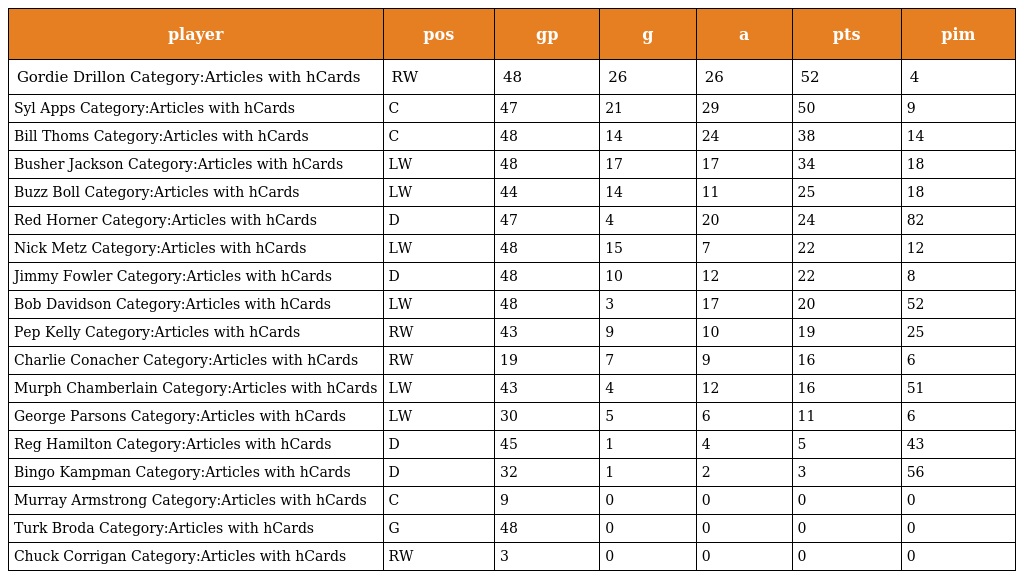
| player | pos | gp | g | a | pts | pim |
 | --- | --- | --- | --- | --- | --- | --- |
 | Gordie Drillon Category:Articles with hCards | RW | 48 | 26 | 26 | 52 | 4 |
 | Syl Apps Category:Articles with hCards | C | 47 | 21 | 29 | 50 | 9 |
 | Bill Thoms Category:Articles with hCards | C | 48 | 14 | 24 | 38 | 14 |
 | Busher Jackson Category:Articles with hCards | LW | 48 | 17 | 17 | 34 | 18 |
 | Buzz Boll Category:Articles with hCards | LW | 44 | 14 | 11 | 25 | 18 |
 | Red Horner Category:Articles with hCards | D | 47 | 4 | 20 | 24 | 82 |
 | Nick Metz Category:Articles with hCards | LW | 48 | 15 | 7 | 22 | 12 |
 | Jimmy Fowler Category:Articles with hCards | D | 48 | 10 | 12 | 22 | 8 |
 | Bob Davidson Category:Articles with hCards | LW | 48 | 3 | 17 | 20 | 52 |
 | Pep Kelly Category:Articles with hCards | RW | 43 | 9 | 10 | 19 | 25 |
 | Charlie Conacher Category:Articles with hCards | RW | 19 | 7 | 9 | 16 | 6 |
 | Murph Chamberlain Category:Articles with hCards | LW | 43 | 4 | 12 | 16 | 51 |
 | George Parsons Category:Articles with hCards | LW | 30 | 5 | 6 | 11 | 6 |
 | Reg Hamilton Category:Articles with hCards | D | 45 | 1 | 4 | 5 | 43 |
 | Bingo Kampman Category:Articles with hCards | D | 32 | 1 | 2 | 3 | 56 |
 | Murray Armstrong Category:Articles with hCards | C | 9 | 0 | 0 | 0 | 0 |
 | Turk Broda Category:Articles with hCards | G | 48 | 0 | 0 | 0 | 0 |
 | Chuck Corrigan Category:Articles with hCards | RW | 3 | 0 | 0 | 0 | 0 |